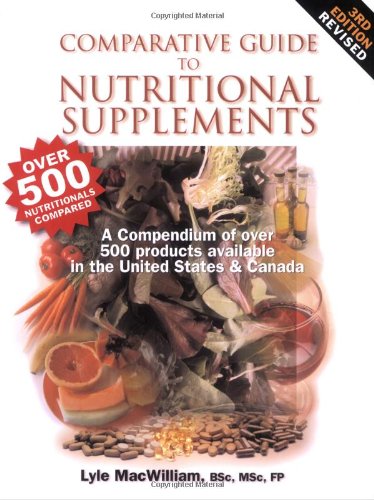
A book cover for Comparative Guide to Nutritional Supplements; Lyle MacWilliam; Health, Fitness & Dieting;